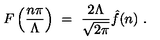
F \left( { \frac { n \pi } { \Lambda } } \right) \ = \ { \frac { 2 \Lambda } { \sqrt { 2 \pi } } } \hat { f } ( n ) \ .